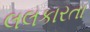
લલકારતા